65_HS1-834228961_62-HQ-83894_Section_4
Agency: FBI
Page 91
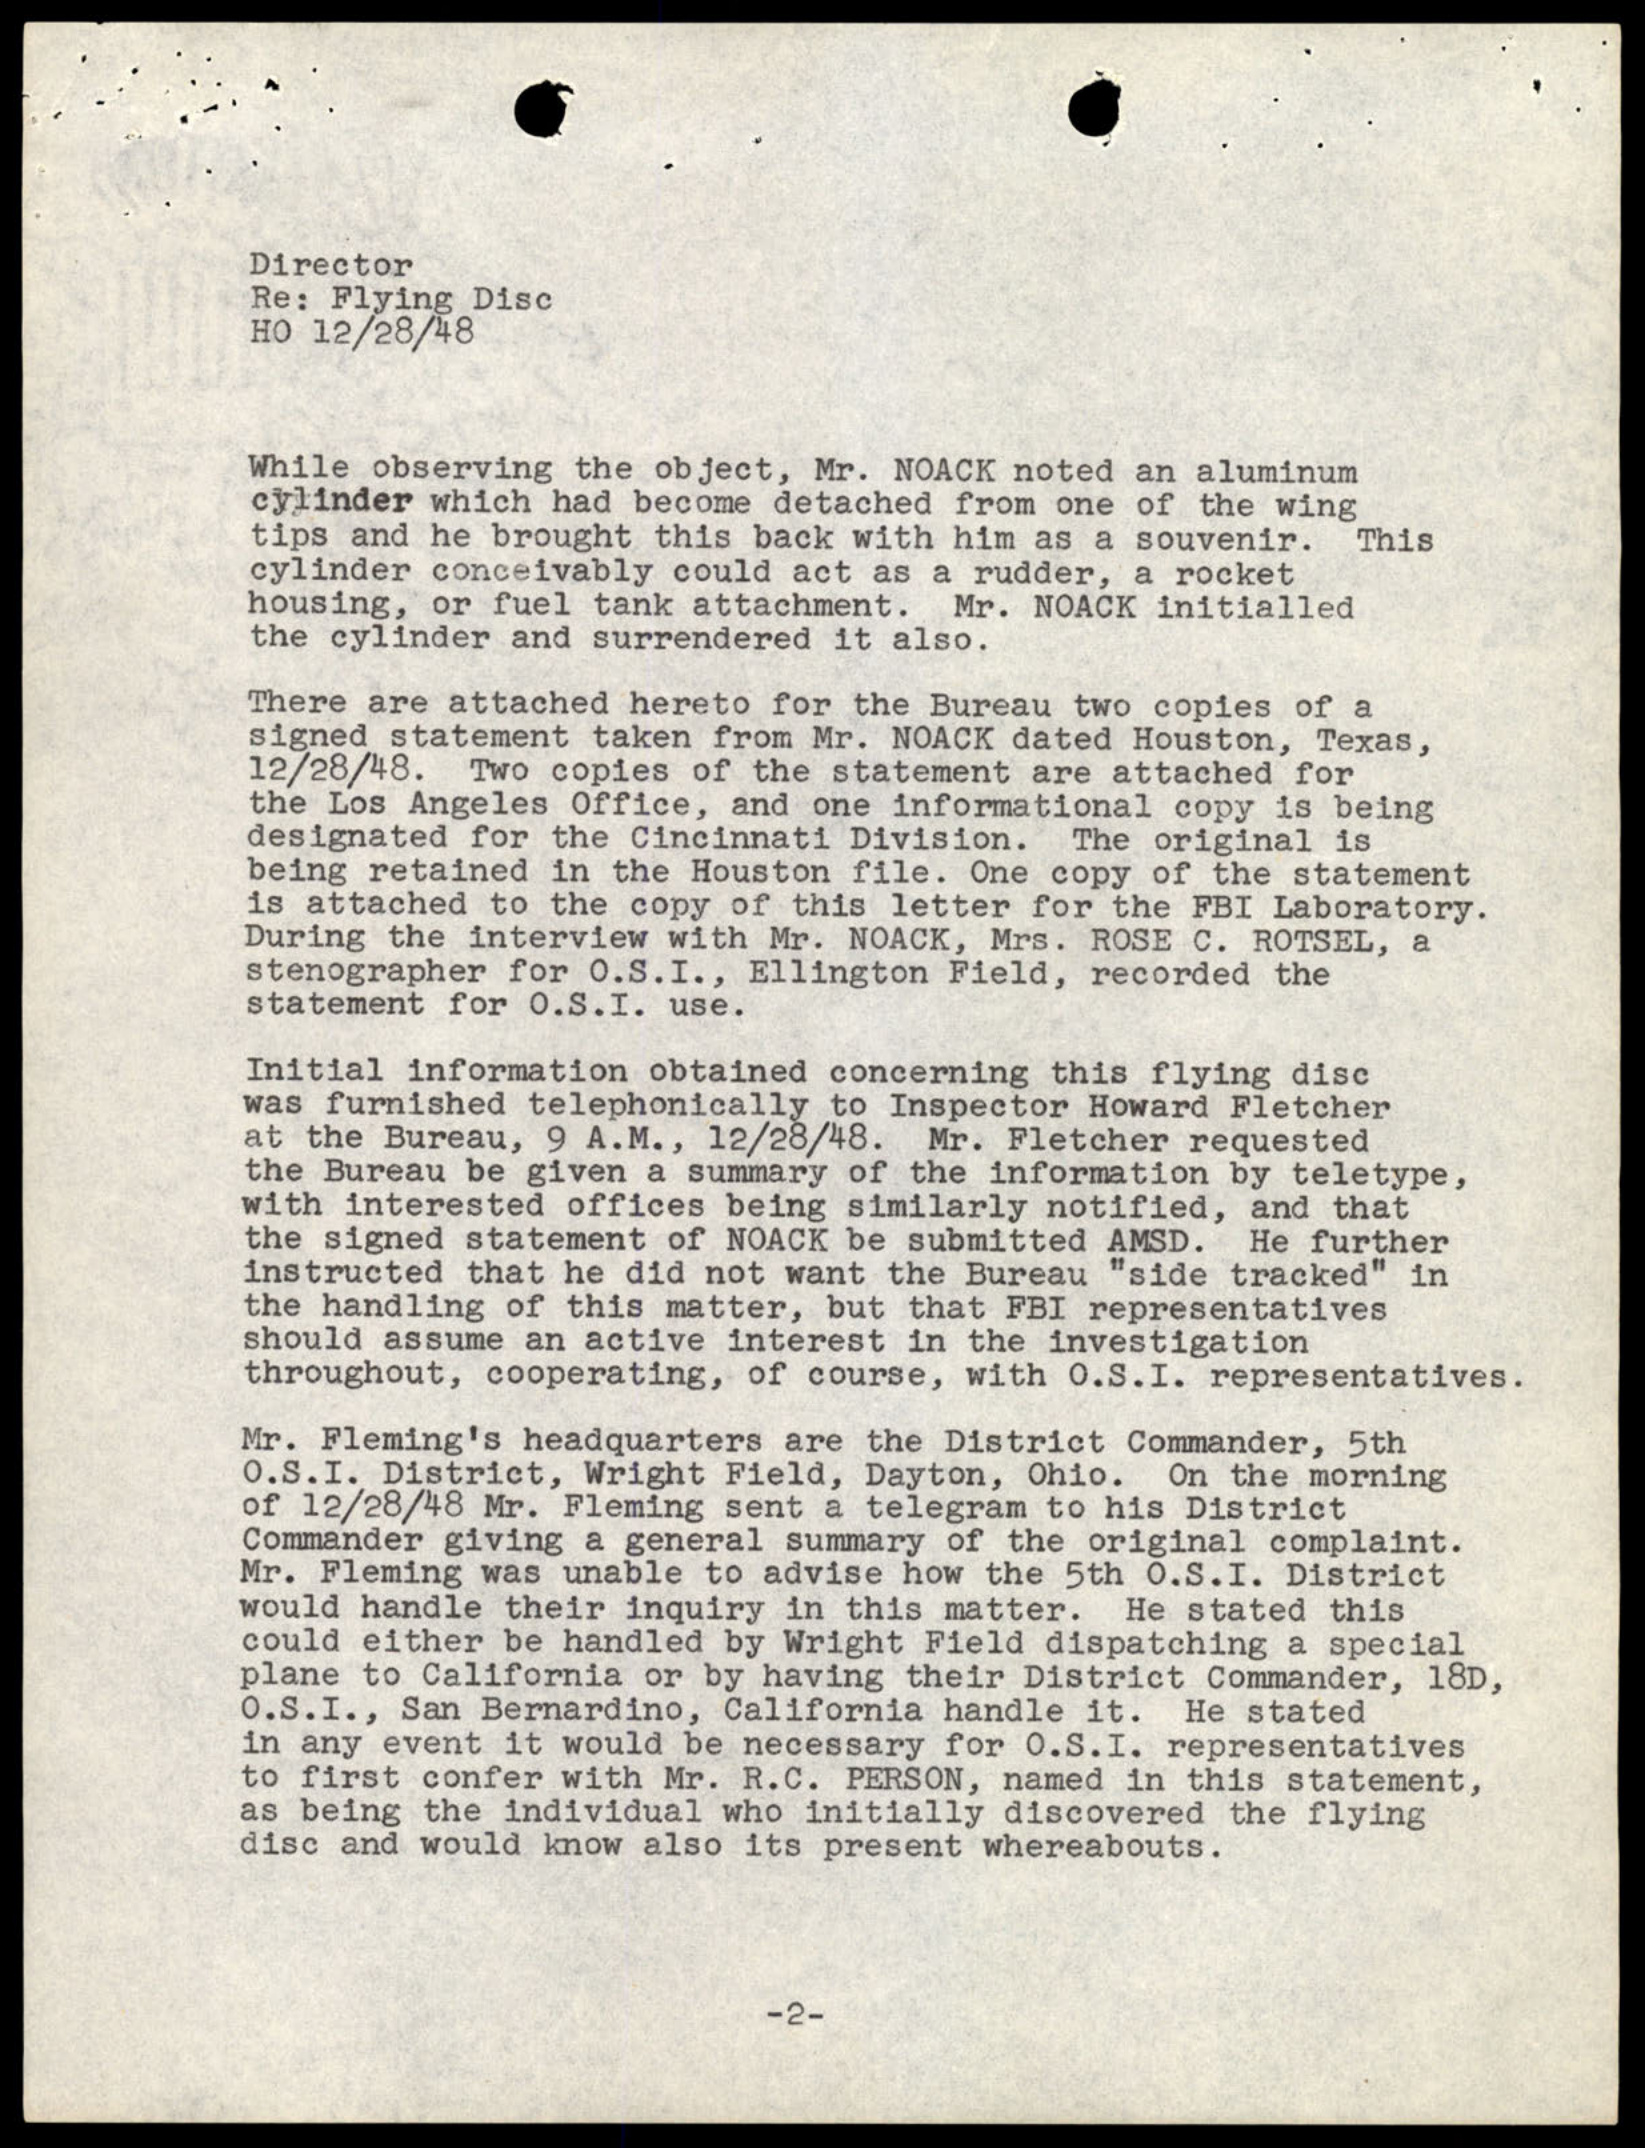